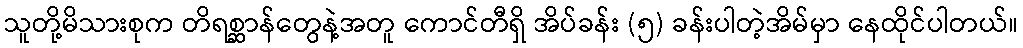
သူတို့မိသားစုက တိရစ္ဆာန်တွေနဲ့အတူ ကောင်တီရှိ အိပ်ခန်း (၅) ခန်းပါတဲ့အိမ်မှာ နေထိုင်ပါတယ်။